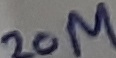
Text: 10M